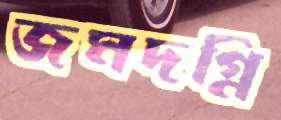
জমদগ্নি